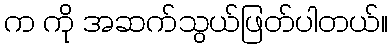
က ကို အဆက်သွယ်ဖြတ်ပါတယ်။